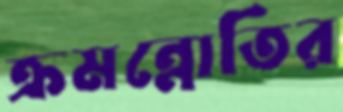
ক্রমন্নোতির